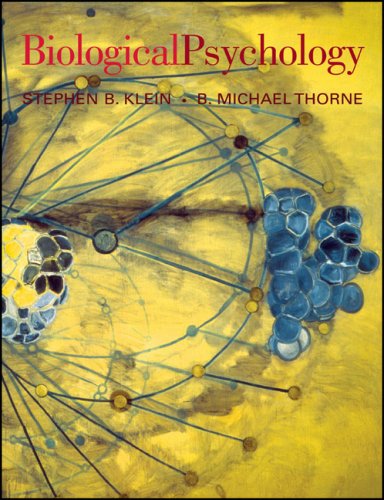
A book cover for Biological Psychology; Stephen B. Klein; Health, Fitness & Dieting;